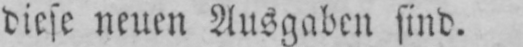
diese neuen Ausgaben sind.